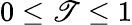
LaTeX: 0\leq\mathscr{T}\leq1